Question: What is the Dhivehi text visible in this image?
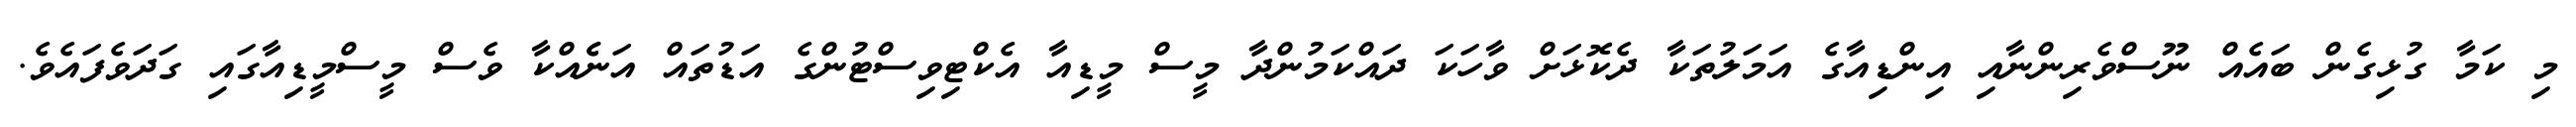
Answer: މި ކަމާ ގުޅިގެން ބައެއް ނޫސްވެރިންނާއި އިންޑިއާގެ އަމަލުތަކާ ދެކޮޅަށް ވާހަކަ ދައްކަމުންދާ މީސް މީޑިއާ އެކްޓިވިސްޓުންގެ އަޑުތައް އަނެެއްކާ ވެސް މީސްމީޑިއާގައި ގަދަވެފައެވެ.